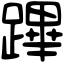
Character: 蹕